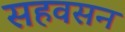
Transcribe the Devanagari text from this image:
सहवसन